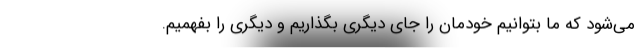
می‌شود که ما بتوانیم خودمان را جای دیگری بگذاریم و دیگری را بفهمیم.